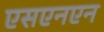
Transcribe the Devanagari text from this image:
एसएनएन